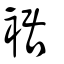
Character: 裾